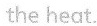
the heat.